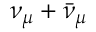
\nu _ { \mu } + \bar { \nu } _ { \mu }